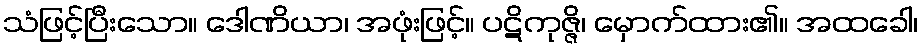
သံဖြင့်ပြီးသော။ ဒေါဏိယာ၊ အဖုံးဖြင့်။ ပဋိကုဇ္ဇိ၊ မှောက်ထား၏။ အထခေါ၊